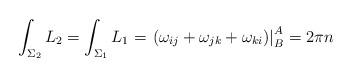
LaTeX: \begin{align*}\int_{\Sigma_2}L_{2}=\int_{\Sigma_{1}}L_{1}=\displaystyle \left.(\omega_{ij}+\omega_{jk}+\omega_{ki}) \right|_{B}^{A}=2\pi n\end{align*}